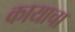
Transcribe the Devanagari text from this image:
कायाचा